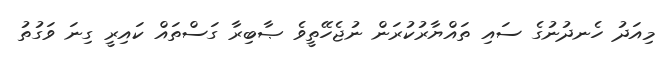
މިއަދު ހެނދުނުގެ ސައި ތައްޔާރުކުރަން ނުޖެހޭތީވެ ޞާބިރާ ގަސްތައް ކައިރީ ގިނަ ވަގުތު